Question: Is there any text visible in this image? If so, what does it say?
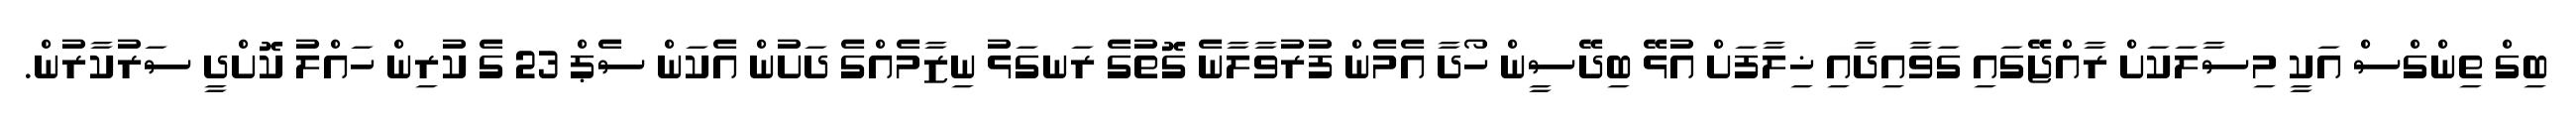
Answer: ބިގް ތިންގްސް އަކީ މިސާލަކަށް ރާއްޖޭގައި ގަވާއިދާއި ޚިލާފަށް އުޅޭ ބިދޭސީން ހޯދާ އެމެން ފުރުވާލާނެ ގޮތުގެ ރަނގަޅު ނިޒާމެއްގެ ދަށުން އެކަން ސެޕް 23 ގެ ކުރިން ހައްލު ކޮށްދީ ސަރުކާރުން.